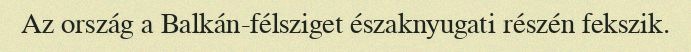
Az ország a Balkán-félsziget északnyugati részén fekszik.